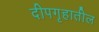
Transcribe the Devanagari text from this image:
दीपगृहातील